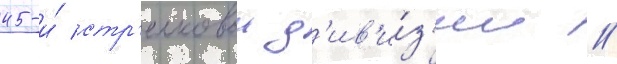
45-и́ стр'елковои д'ив'и́з'ии /